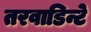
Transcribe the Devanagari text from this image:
तरवाडिन्टे